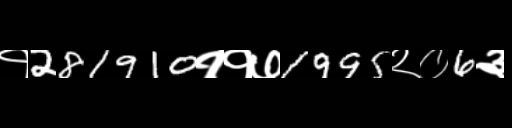
Text: १281910११७1995२०6३